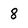
Character: 8